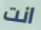
انت